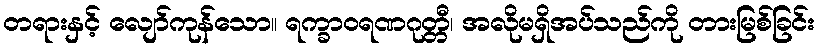
တရားနှင့် လျော်ကုန်သော။ ရက္ခာဝရဏဂုတ္တီ၊ အလိုမရှိအပ်သည်ကို တားမြစ်ခြင်း